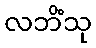
လဘိံသု